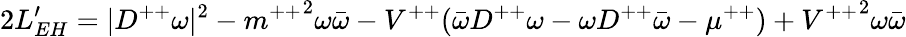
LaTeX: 2L_{EH}^{\prime}=|{D^{++}\omega}|^{2}-{m^{++}}^{2}\omega\bar{\omega}-V^{++}(\bar{\omega}D^{++}\omega-\omega D^{++}\bar{\omega}-\mu^{++})+{V^{++}}^{2}\omega\bar{\omega}